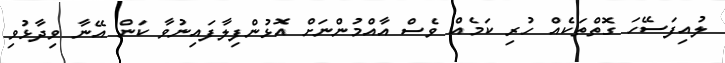
ލުއިފަސޭހަ ގޮތްތަކެއް ހުރި ކަމެއް ވެސް އާއްމުންނަށް އޮޅުންފިލާފައިނުވާ ކަން އޭނާ ވިދާޅުވި